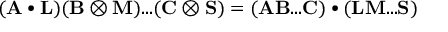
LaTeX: ( \mathbf { A } \bullet \mathbf { L } ) ( \mathbf { B } \otimes \mathbf { M } ) . . . ( \mathbf { C } \otimes \mathbf { S } ) = ( \mathbf { A } \mathbf { B } . . . \mathbf { C } ) \bullet ( \mathbf { L } \mathbf { M } . . . \mathbf { S } )